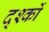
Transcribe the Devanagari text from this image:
द्श्कों